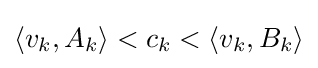
\langle v_{k},A_{k}\rangle <c_{k}<\langle v_{k},B_{k}\rangle